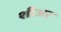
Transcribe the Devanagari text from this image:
शीअर